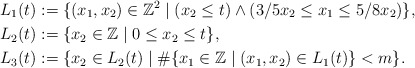
\begin{align*}L_1(t) &:= \{(x_1, x_2) \in \mathbb{Z}^2 \mid (x_2 \le t) \wedge (3/5 x_2 \le x_1 \le 5/8 x_2)\}, \\L_2(t) &:= \{x_2 \in \mathbb{Z} \mid 0 \le x_2 \le t\}, \\L_3(t) &:= \{x_2 \in L_2(t) \mid \# \{x_1 \in \mathbb{Z} \mid (x_1, x_2) \in L_1(t)\} < m\}.\end{align*}